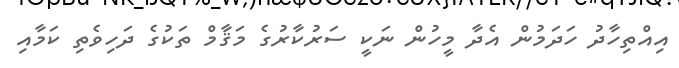
އިއްތިހާދު ހަދަމުން އެދާ މީހުން ނަކީ ސަރުކާރުގެ މަޤާމް ތަކުގެ ދަހިވެތި ކަމާއި